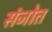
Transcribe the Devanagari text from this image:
संजोत